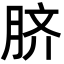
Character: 脐